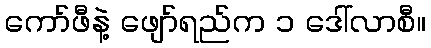
ကော်ဖီနဲ့ ဖျော်ရည်က ၁ ဒေါ်လာစီ။